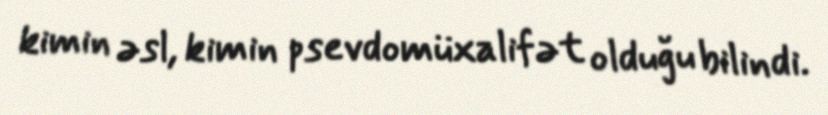
kimin əsl, kimin psevdomüxalifət olduğu bilindi.